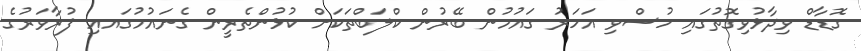
ގޮޑާޑް ވިދާޅުވިގޮތުގައި ހުސްވި އަހަރު ގައުމުން ބޭރުން ކްލަބްތަކަށް ކުޅުންތެރީން ގެނައުމުގައއި ފުރާވަރުގެ